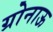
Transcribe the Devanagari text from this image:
ग्रोनाऊ